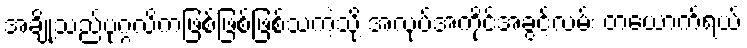
အချို့သည်ပုဂ္ဂလိကဖြစ်ဖြစ်ဖြစ်သကဲ့သို့ အလုပ်အကိုင်အခွင့်လမ်း တယောက်ရယ်